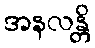
အနလန္တိ